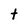
Character: t